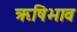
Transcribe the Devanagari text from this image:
ऋषिभाव